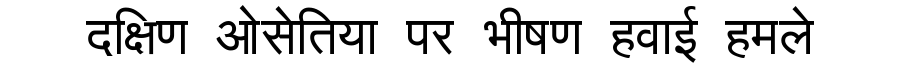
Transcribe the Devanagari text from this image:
दक्षिण ओसेतिया पर भीषण हवाई हमले